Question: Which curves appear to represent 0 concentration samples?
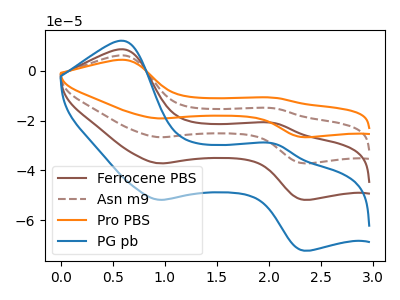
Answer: <think>The brown curve "Ferrocene PBS" has anodic peaks at (0.60V, 8.65uA) (2.05V, -21.10uA) and cathodic peaks at (0.95V, -37.20uA) (2.35V, -51.85uA). The brown dashed curve "Asn m9" has anodic peaks at (0.60V, 17.35uA) (2.05V, -42.15uA) and cathodic peaks at (0.95V, -74.40uA) (2.35V, -103.70uA). The orange curve "Pro PBS" has anodic peaks at (0.60V, 26.00uA) (2.05V, -63.25uA) and cathodic peaks at (0.95V, -111.55uA) (2.35V, -155.60uA). The blue curve "PG pb" has anodic peaks at (0.60V, 12.10uA) (2.05V, -29.40uA) and cathodic peaks at (0.95V, -51.85uA) (2.35V, -72.30uA).</think>
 <answer>There are not any CV's on this graph that are likely to be blanks.</answer>
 <eval>none</eval>